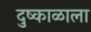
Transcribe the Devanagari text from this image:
दुष्काळाला